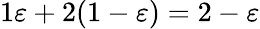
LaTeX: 1\varepsilon+2(1-\varepsilon)=2-\varepsilon